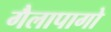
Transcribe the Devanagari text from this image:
गैलापागो